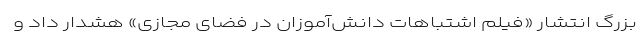
بزرگ انتشار «فیلم اشتباهات دانش‌آموزان در فضای مجازی» هشدار داد و